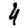
Digit: 4